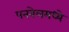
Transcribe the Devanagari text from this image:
पनवेलमध्ये